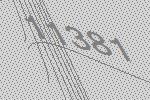
11381